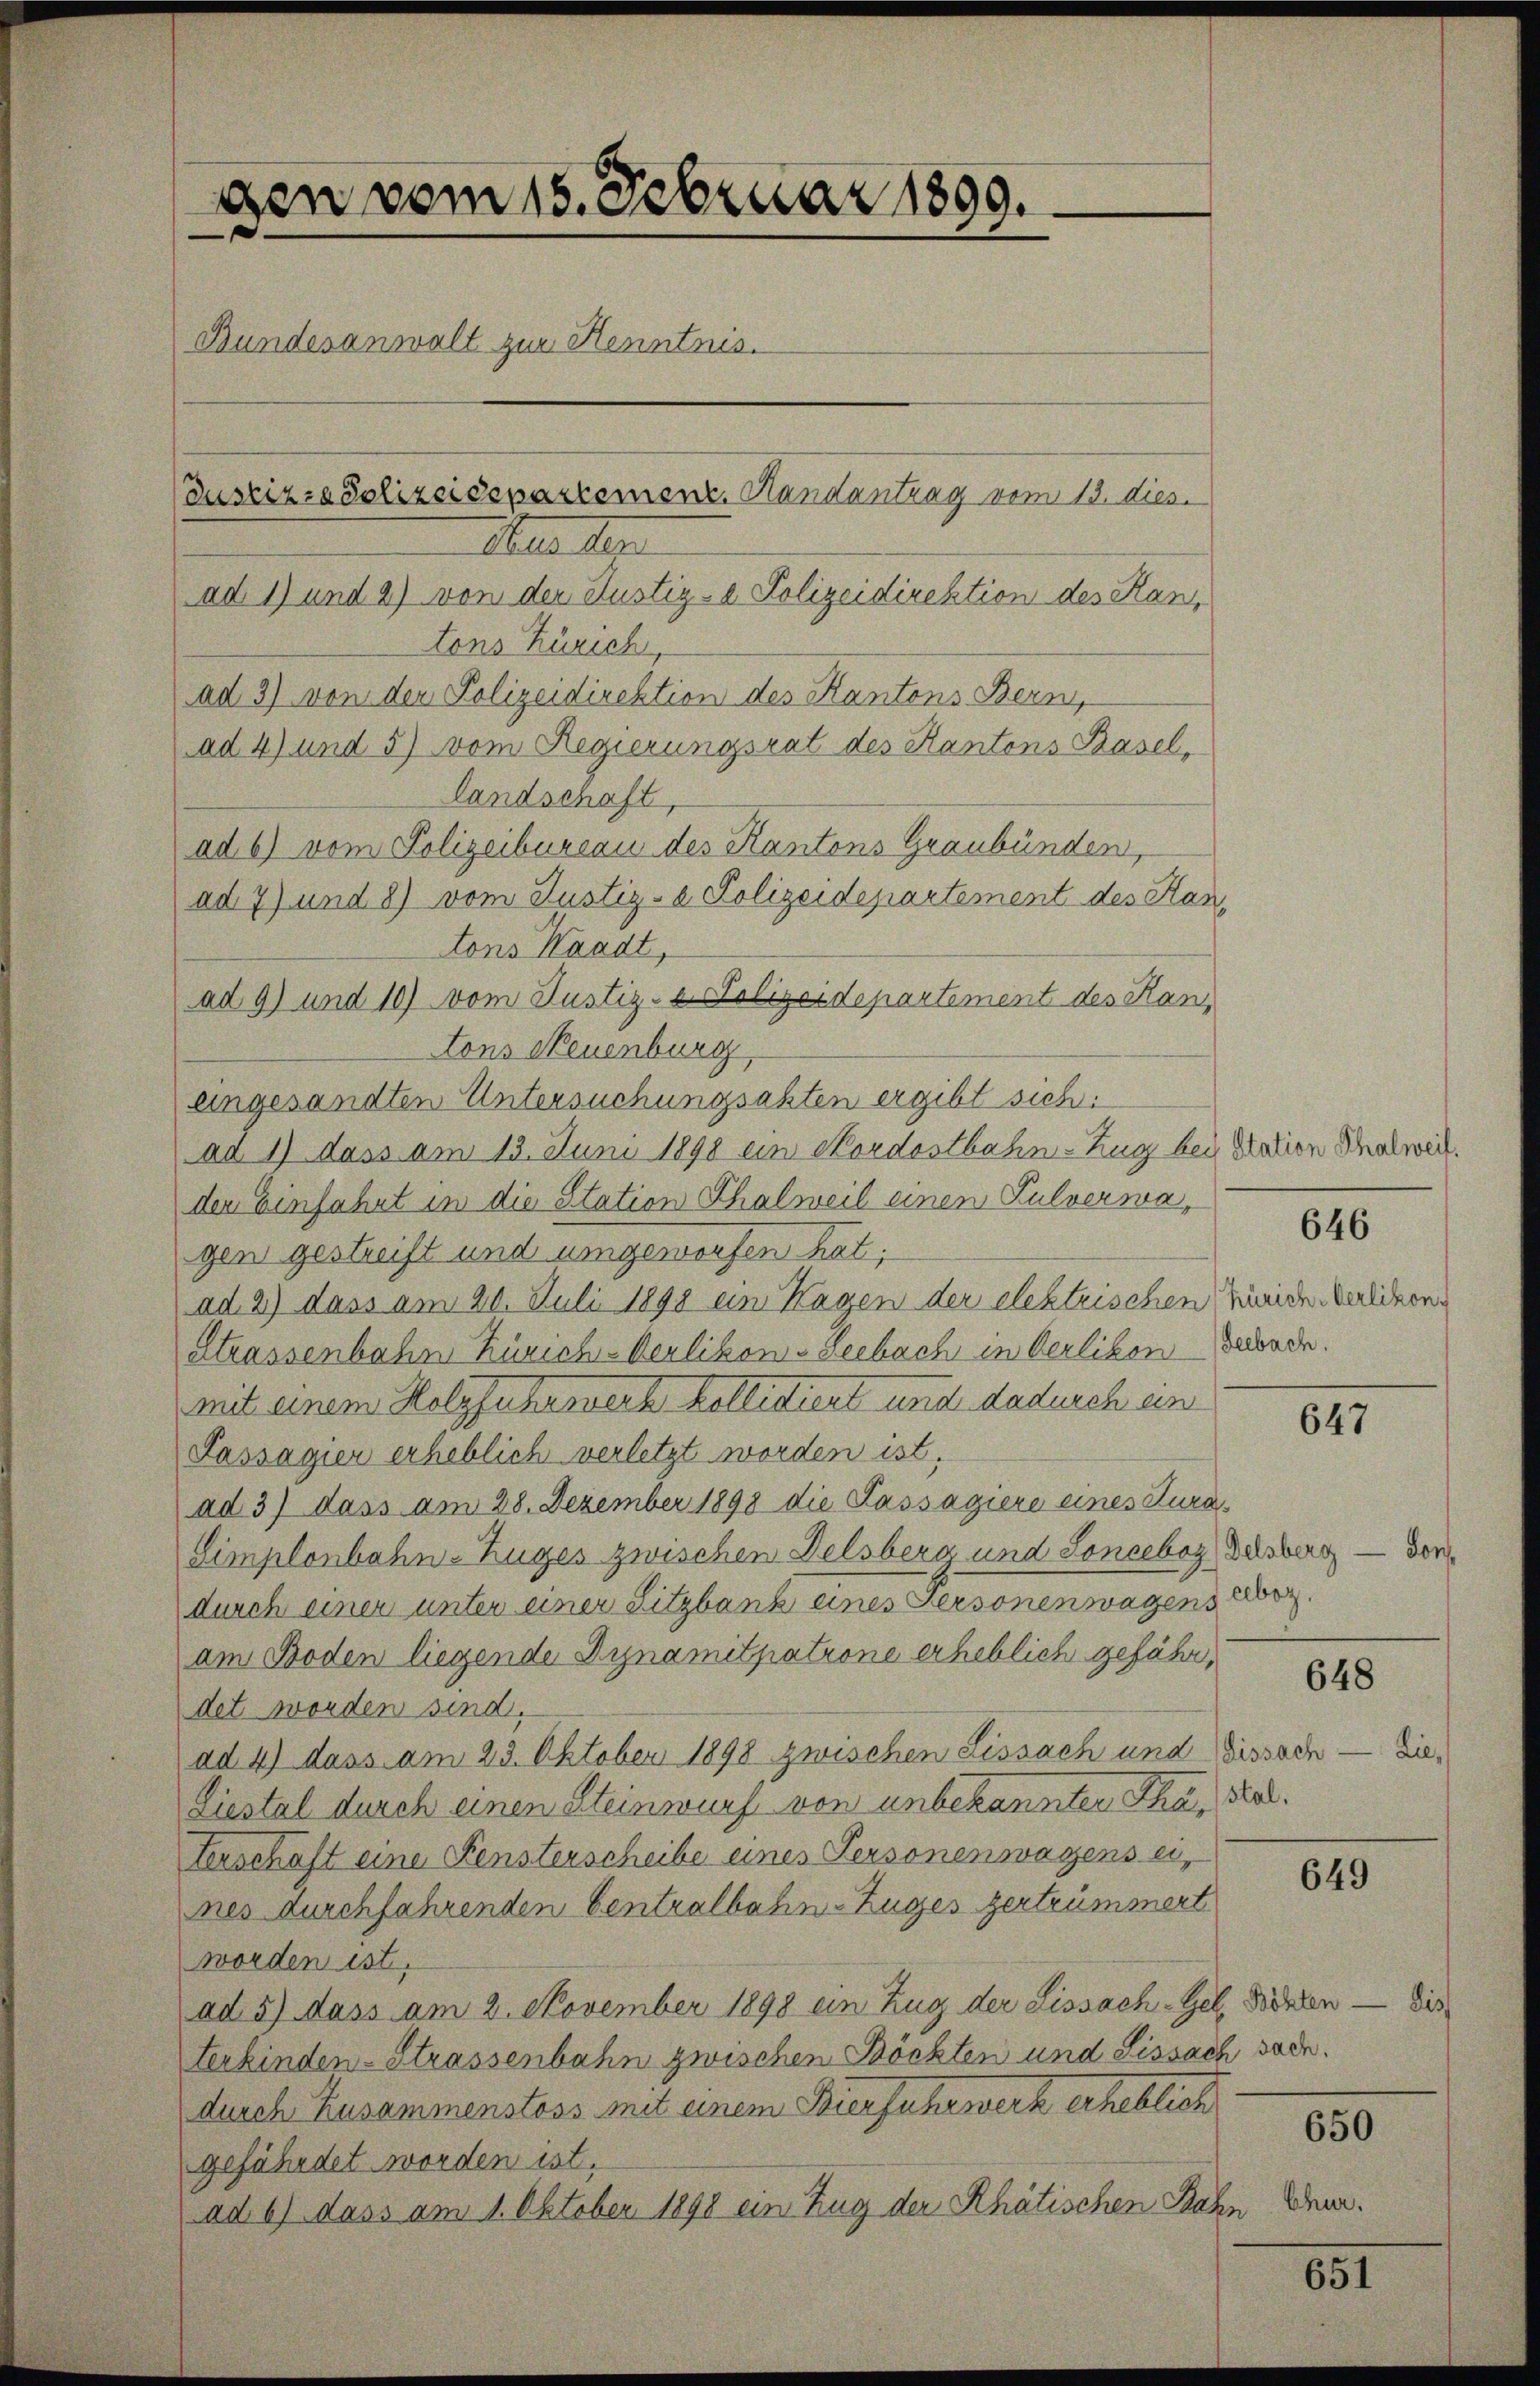
Den vom 15. Februar 1899.
Bundesanwalt zur Kenntnis.
Justizza Polizeidepartement. Handantrag vom 13. dies
Aber der

ad 1) und 2) von der Justiz- & Polizeidirektion des Kantons Zürich
ad 3) von der Polizeidirektion des Kantons Bern,
ad 4) und 5) vom Regierungsrat des Kantons Basel,
Landschaft,
ad b) vom Polizeibureau des Kantons Graubünden,
ad 7) und 8) vom Justiz- & Polizeidepartement des Hantons Waadt,
ad 9) und 10) vom Justiz- & Polizeidepartement des Kantons Neuenburg
eingesandten Untersuchungsakten ergibt sich:
aa 1) dass am 13. Juni 1898 ein ekordostbahn-Zug bei Station Thalweil.
der Einfahrt in die Station Thalweil einen Pulverwagen gestreift und umgeworfen hat,
ad 2.) dass am 20. Juli 1898 ein Hagen der elektrischen Zürich verlichen.
Strassenbahn Zürich-Berlikon-Seebach in Oerlikon-Gebade.
mit einem Holzfuhrwerk kollidiert und dadurch ein
Passagier erheblich verletzt worden ist.
ad 3) dass am 28. Dezember 1898 die Passagiere eines Kura¬
Simplonbahn-Zuges zwischen Delsberg und Sonsebog Delsberg — der
durch einer unter einer Sitzbank eines Personenwagens bez
am Boden liegende Dynamitpatrone erheblich gefähr,
det worden sind.
ad 4) dass am 23. Oktober 1898 zwischen Lissach und Dissach¬
Liestal durch einen Steinwurf von unbekannten Basel.
Verschaft eine Fensterscheibe eines Personenwagens eines durchfahrenden Centralbahn-Zuges zertrümmert
worden ist.
ad 5) dass am 2. November 1898 ein Zug der Lissach-Gel, Böhlen — Die
terkinden-Strassenbahn zwischen Böckten und Lissach sach.
durch Zusammenstoss mit einem Bierfuhrwerk erheblich
gefährdet worden ist.
ad b) dass am 1. Oktober 1898 ein Zug der Rhätischen Bahn

646

647

648

649

650

Chur.

651

Lie,